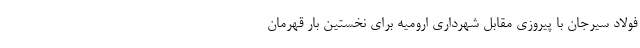
فولاد سیرجان با پیروزی مقابل شهرداری ارومیه برای نخستین بار قهرمان